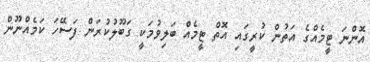
އޮންނަ ޓީމެއްގެ އަތުން ކުރީގައި އޮތް ޓީމެއް ބަލިވުމަކީ ގަބޫލުކުރަން ފަސޭހަ ކަމެއްނޫން